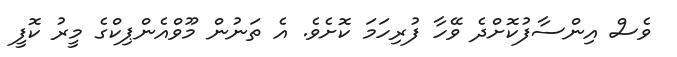
ވެސް އިންސާފުކޮށްދެ ވޭހާ ފުރިހަމަ ކޮށެވެ. އެ ތަނުން މޫވްއެންޕިކްގެ މީރު ކޮފީ